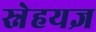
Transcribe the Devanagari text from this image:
स्नेहयज्ञ